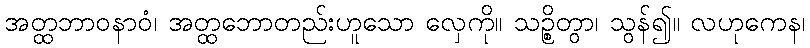
အတ္ထဘာဝနာဝံ၊ အတ္ထဘောတည်းဟူသော လှေကို။ သဉ္စိတွာ၊ သွန်၍။ လဟုကေန၊